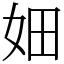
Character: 㚼